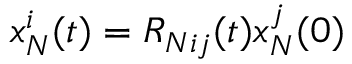
x _ { N } ^ { i } ( t ) = R _ { N i j } ( t ) x _ { N } ^ { j } ( 0 )